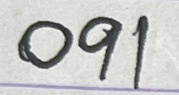
091